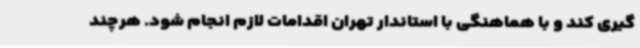
گیری کند و با هماهنگی با استاندار تهران اقدامات لازم انجام شود. هرچند